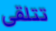
تتلقى